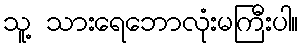
သူ့ သားရေဘောလုံးမကြီးပါ။